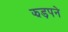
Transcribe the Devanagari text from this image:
झड़पने